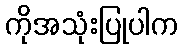
ကိုအသုံးပြုပါက